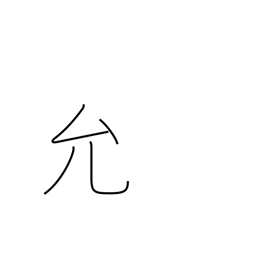
Meaning: license